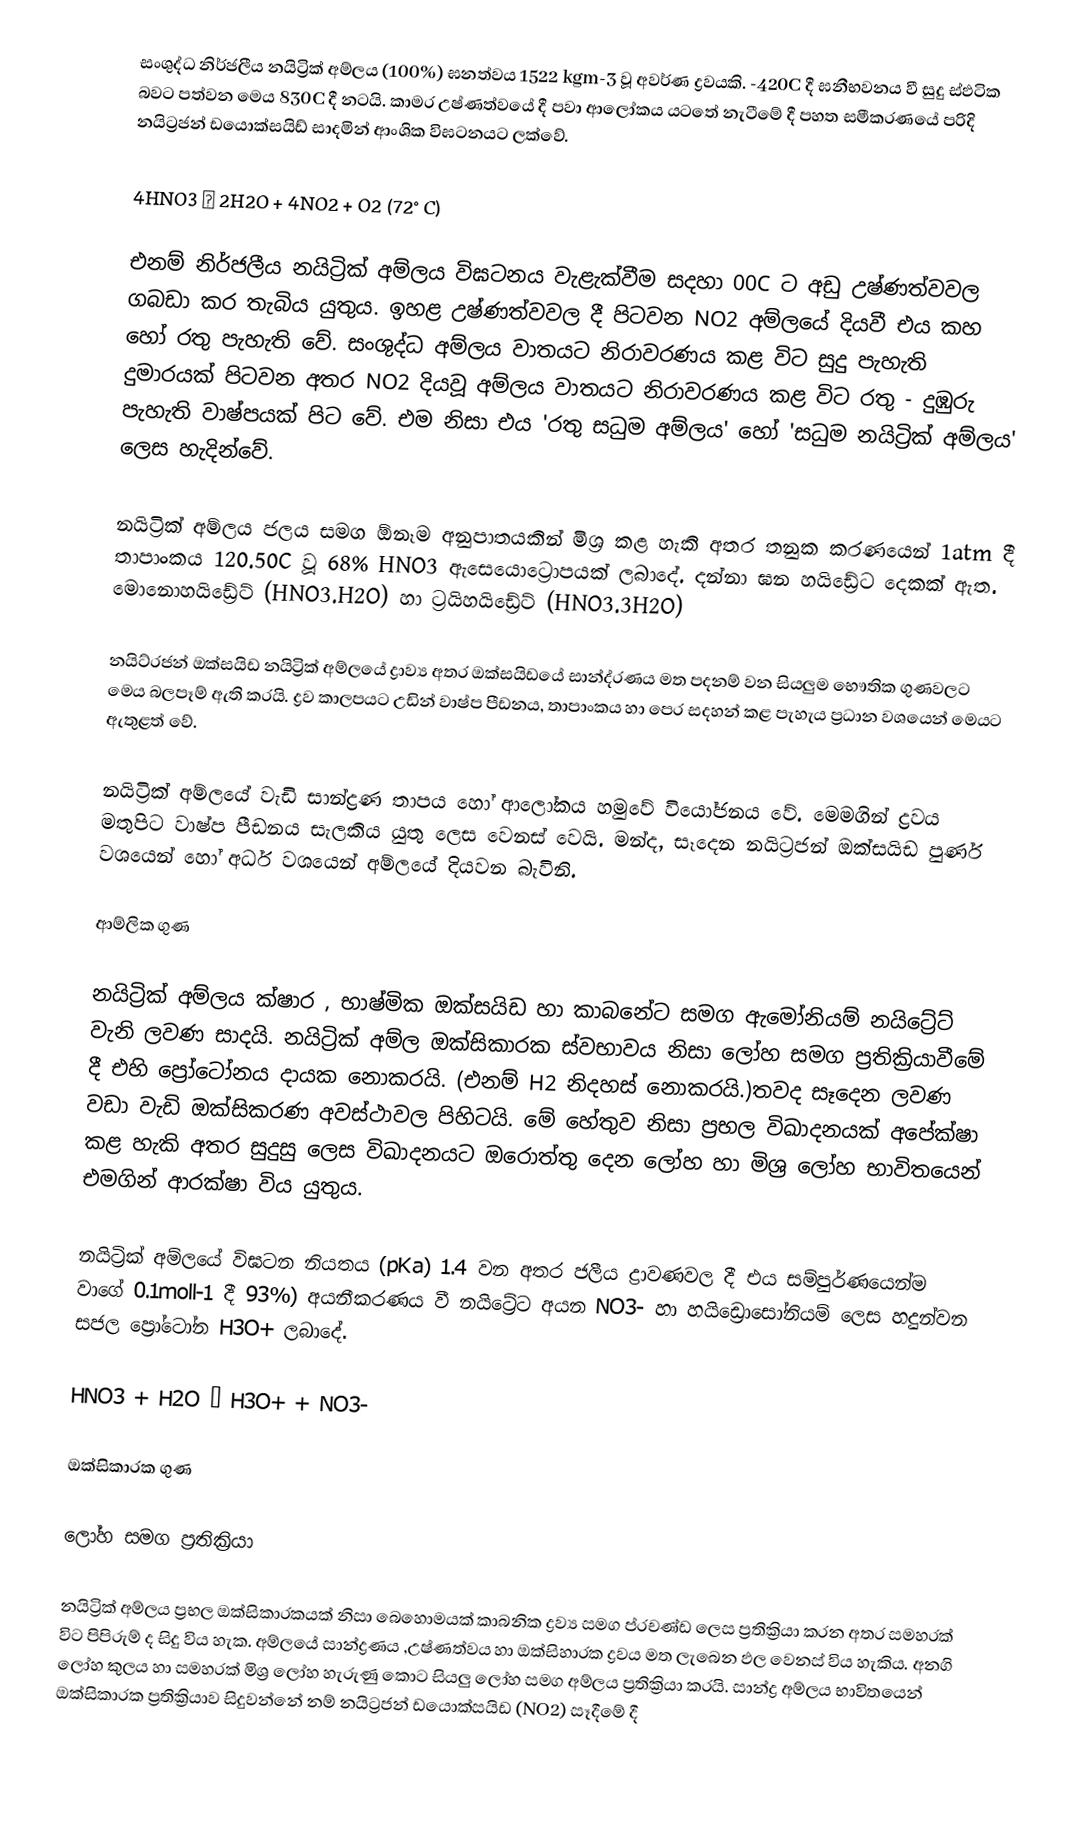
සංශුද්ධ නිර්ජලීය නයි‍ට්‍රික් අම්ලය (100%) ඝනත්වය 1522 kgm-3  වූ අවර්ණ ද්‍රවයකි. -420C  දී ඝනීභවනය වී සුදු ස්ඵටික බවට පත්වන මෙය 830C  දී නටයි. කාමර උෂ්ණත්වයේ දී පවා ආලෝකය ය‍ටතේ නැටීමේ දී පහත සමීකරණයේ පරිදි නයිට්‍රජන් ඩයොක්සයිඩ් සාදමින් ආංශික විඝටනයට ලක්වේ.

4HNO3 → 2H2O + 4NO2 + O2 (72°C)

එනම් නිර්ජලීය නයිට්‍රික් අම්ලය විඝටනය වැළැක්වීම සදහා 00C  ට අඩු උෂ්ණත්වවල ගබඩා කර තැබිය යුතුය. ඉහළ උෂ්ණත්වවල දී පිටවන NO2  අම්ලයේ දියවී එය කහ හෝ රතු පැහැති වේ. සංශුද්ධ අම්ලය වාතයට නිරාවරණය කළ විට සුදු පැහැති දුමාරයක් පිටවන අතර NO2   දියවූ අම්ලය වාතයට නිරාවරණය කළ විට රතු - දුඹුරු පැහැති වාෂ්පයක් පිට වේ. එම නිසා එය 'රතු සධුම අම්ලය' හෝ 'සධුම නයිට්‍රික් අම්ලය' ලෙස හැදින්වේ.

නයි‍ට්‍රික් අම්ලය ජලය සමග ඕනෑම අනුපාතයකින් මිශ්‍ර කළ හැකි අතර තනුක කරණයෙන් 1atm  දී තාපාංකය 120.50C වූ 68% HNO3  ඇසෙයොට්‍රොපයක් ලබාදේ. දන්නා ඝන හයිඩ්‍රේට දෙකක් ඇත. මොනොහයිඩ්‍රේට් (HNO3.H2O)  හා ට්‍රයිහයිඩ්‍රේට් (HNO3.3H2O)

නයිට්රජන් ඔක්සයිඩ  නයිට්‍රික් අම්ලයේ ද්‍රාව්‍ය අතර ඔක්සයිඩයේ සාන්ද්රණය මත පදනම් වන සියලුම භෞතික ගුණවලට මෙය බලපෑම් ඇති කරයි. ද්‍රව කාලපයට උඩින් වාෂ්ප පීඩනය, තාපාංකය හා පෙර සදහන් කළ පැහැය ප්‍රධාන වශයෙන් මෙයට ඇතුළත් වේ.

නයිට්‍රික් අම්ලයේ වැඩි සාන්ද්‍රණ තාපය හෝ ආලෝකය හමුවේ වියෝජනය වේ. මෙමගින් ද්‍රවය මතුපිට වාෂ්ප පීඩනය සැලකිය යුතු ලෙස වෙනස් වෙයි. මන්ද, සෑදෙන නයිට්‍රජන් ඔක්සයිඩ පුර්ණ වශයෙන් හෝ අර්ධ වශයෙන් අම්ලයේ දියවන බැවිනි.

ආම්ලික ගුණ

නයිට්‍රික් අම්ලය ක්ෂාර , භාෂ්මික ඔක්සයිඩ හා කාබනේට සමග ඇමෝනියම් නයිට්‍රේට් වැනි ලවණ සාදයි. නයිට්‍රික් අම්ල ඔක්සිකාරක ස්වභාවය නිසා ලෝහ සමග ප්‍රතික්‍රියාවීමේ දී එහි ප්‍රෝටෝනය දායක නොකරයි. (එනම් H2  නිදහස් නොකරයි.)තවද සෑදෙන ලවණ වඩා වැඩි ඔක්සිකරණ අවස්ථාවල පිහිටයි. මේ හේතුව නිසා ප්‍රභල විඛාදනයක් අපේක්ෂා කළ හැකි අතර සුදුසු ලෙස විඛාදනයට ඔරොත්තු දෙන ලෝහ හා මිශ්‍ර ලෝහ භාවිතයෙන් එමගින් ආරක්ෂා විය යුතුය.

නයිට්‍රික් අම්ලයේ විඝටන නියතය (pKa)  1.4  වන අතර ජලීය ද්‍රාවණවල දී එය සම්පුර්ණයෙන්ම වාගේ 0.1moll-1  දී 93%)  අයනීකරණය වී නයිට්‍රේට අයන NO3-  හා හයිඩ්‍රොසෝනියම් ලෙස හදුන්වන සජල ප්‍රෝටෝන H3O+  ලබාදේ.

HNO3 + H2O → H3O+ + NO3-

ඔක්සිකාරක ගුණ

ලෝහ සමග ප්‍රතික්‍රියා

නයිට්‍රික් අම්ලය ප්‍රභල ඔක්සිකාරකයක් නිසා බෙහොමයක් කාබනික ද්‍රව්‍ය සමග ප්රචණ්ඩ ලෙස ප්‍රතික්‍රියා කරන අතර සමහරක් විට පිපිරුම් ද  සිදු විය හැක. අම්ලයේ සාන්ද්‍රණය ,උෂ්ණත්වය හා ඔක්සිහාරක ද්‍රවය මත ලැබෙන ඵල වෙනස් විය හැකිය. අනගි ලෝහ ‍කුලය හා සමහරක් මිශ්‍ර ලෝහ හැරුණු කොට සියලු ලෝහ සමග අම්ලය ප්‍රතික්‍රියා කරයි.  සාන්ද්‍ර අම්ලය භාවිතයෙන් ඔක්සිකාරක ප්‍රතික්‍රියාව සිදුවන්නේ නම් නයිට්‍රජන් ඩයොක්සයිඩ (NO2) සෑදීමේ දී